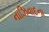
નાઝિવાદના